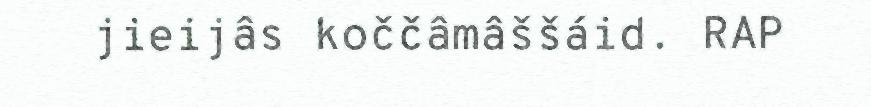
jieijâs koččâmâššáid. RAP